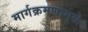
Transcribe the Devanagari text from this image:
मार्गक्रमणामुळे